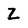
Character: Z